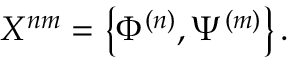
X ^ { n m } = \left\{ \Phi ^ { ( n ) } , \Psi ^ { ( m ) } \right\} .